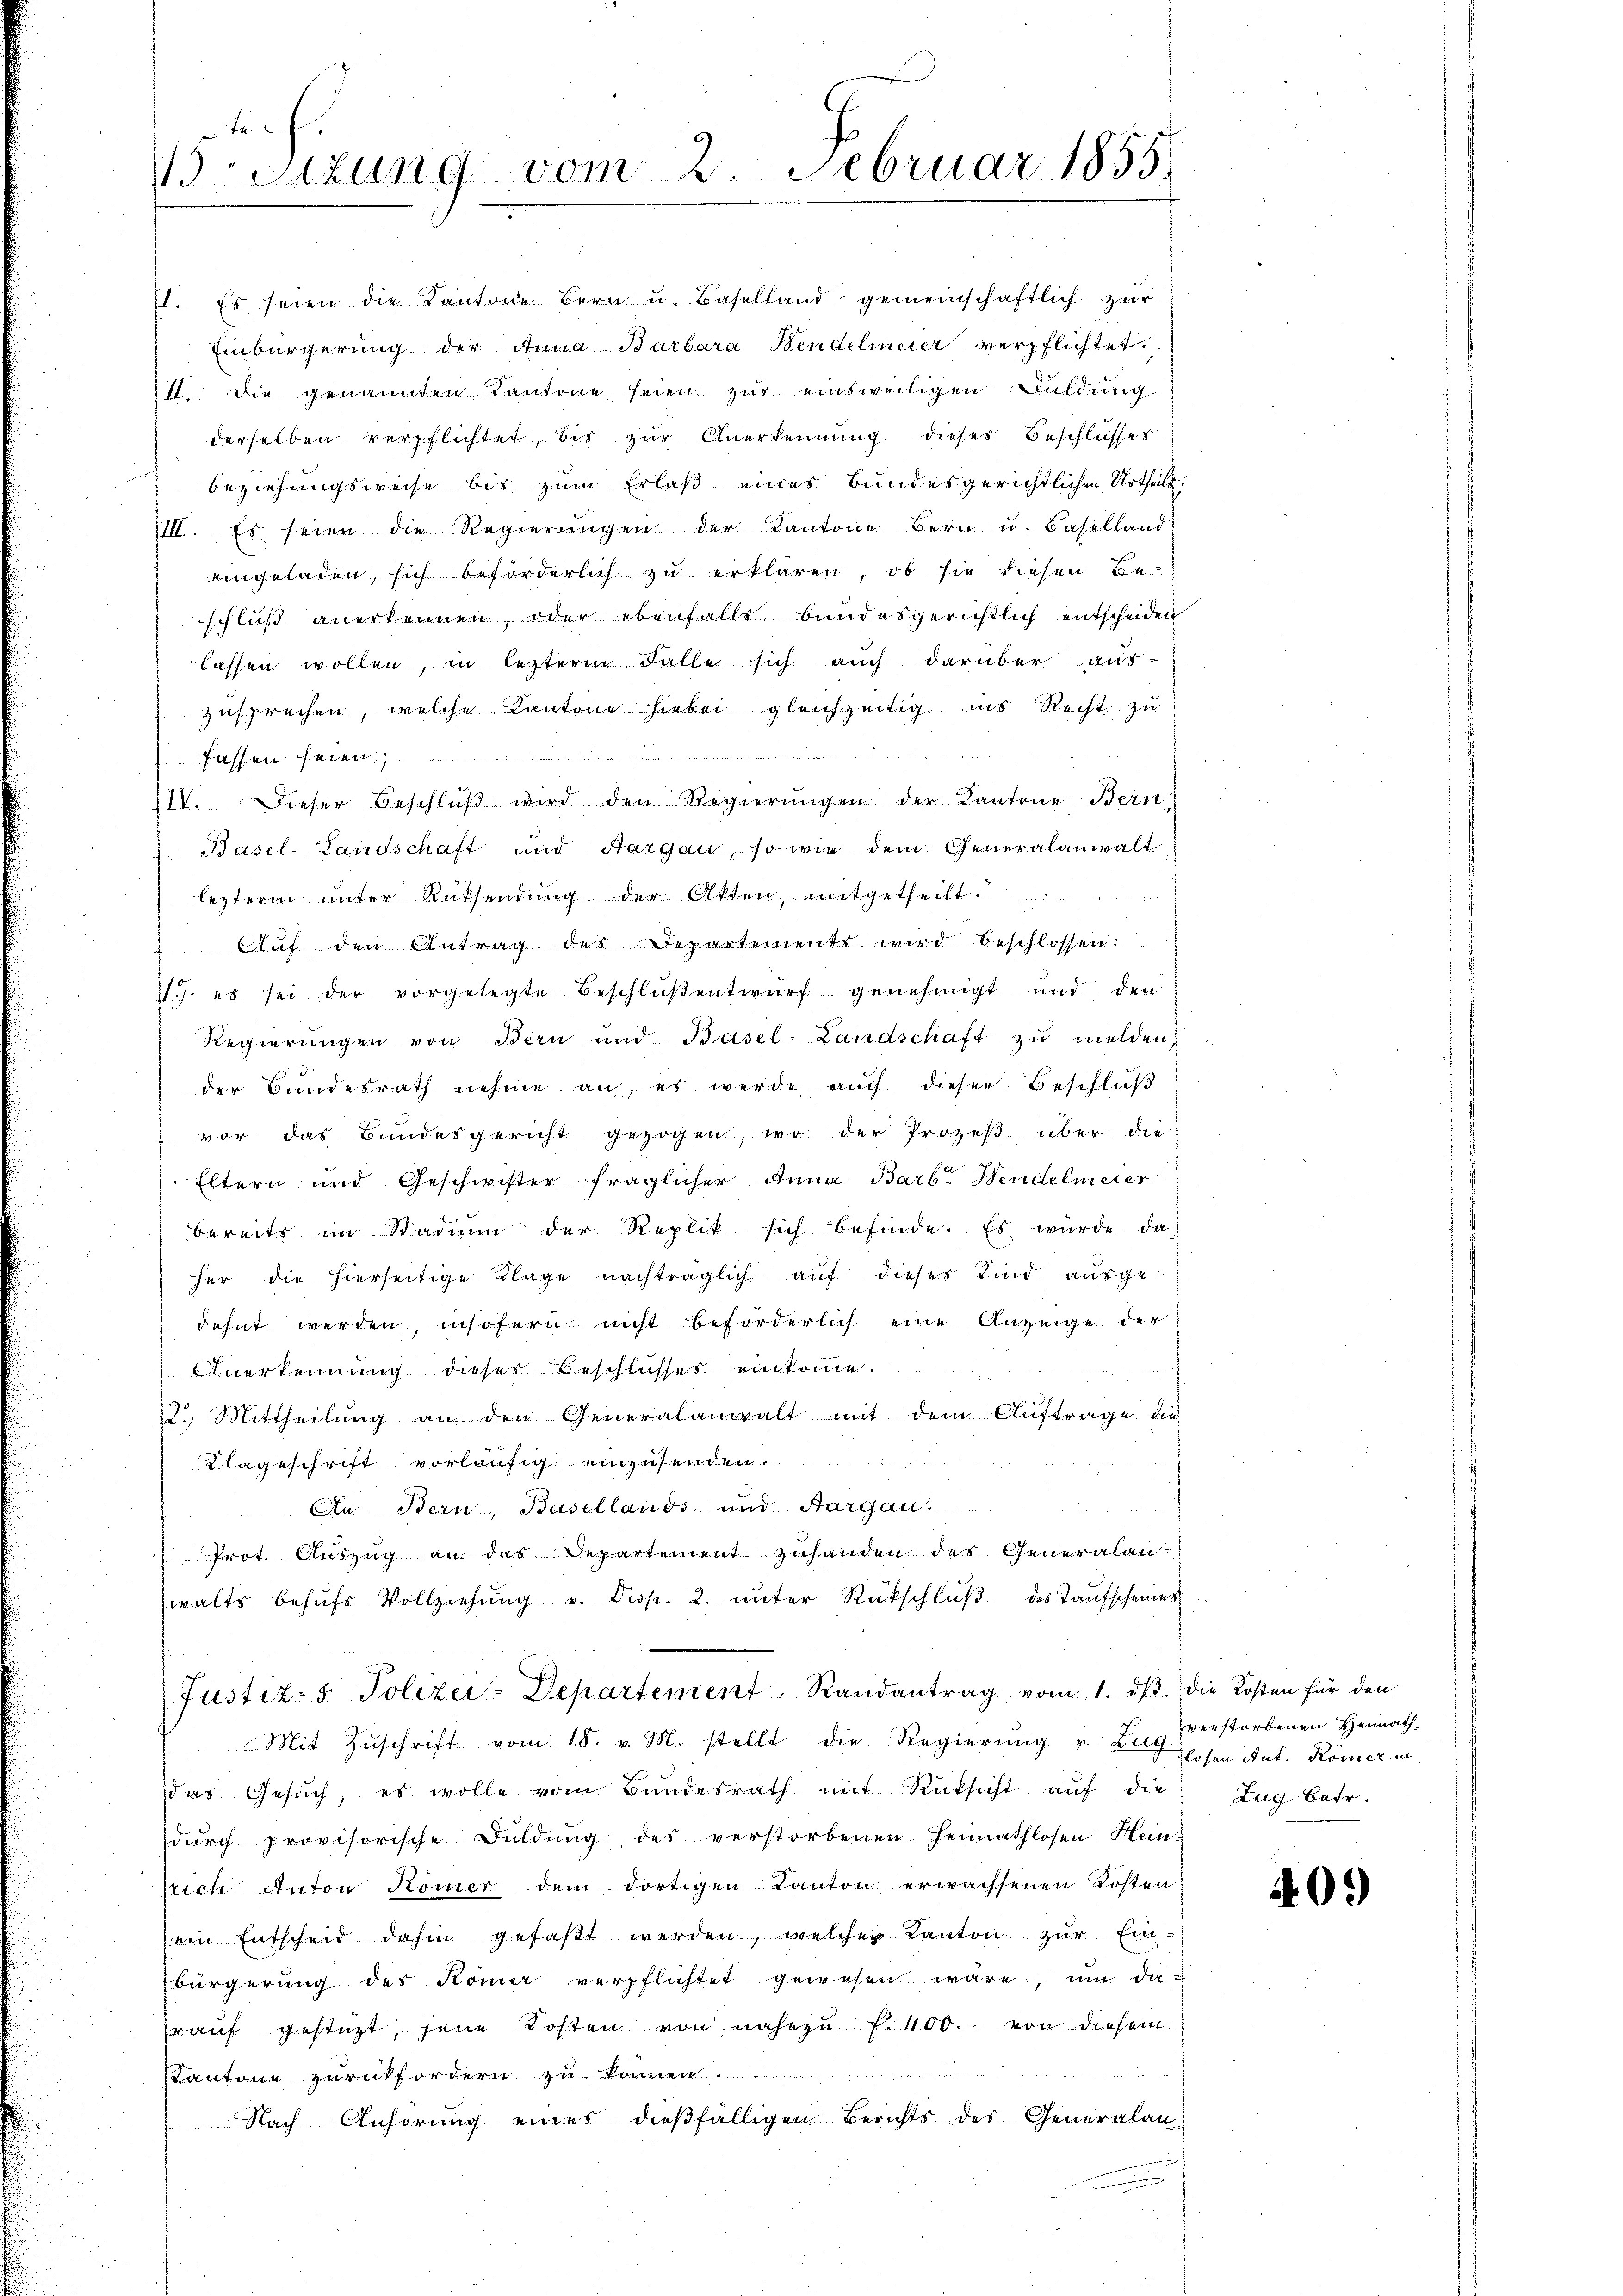
In
Sizung vom 2. Februar 1855.

1. Es seien die Kantone Bern u. Baselland gemeinschaftlich zŭr
Einbürgerung der Anna Barbara Bendelmeier verpflichtet.
I. die genannten Kantone seien zur einsweiligen Duldung
derselben verpflichtet, bis zŭr Anerkennung dieses Beschlusses
Beziehungsweise bis zum Erlaß eines bundesgerichtlichen Urtheils.
III. Es seien die Regierungen der Kantone Bern u. Baselland
eingeladen, sich beförderlich zu erklären, ob sie diesen Be-
schluß anerkennen, oder ebenfalls bundesgerichtlich entscheiden
lassen wollen, in lezterm Falle sich auch darüber aus-
zusprechen, welche Kantone hiebei gleichzeitig ins Recht zu
 58 x x
fassen seien
IV. Dieser Beschlŭβ wird den Regierŭngen der Kantone Bein
2. Basel-Landschaft und Aargau, so wie dem Generalanwalt
leztern ŭnter Rücksendŭng der Atten, mitgetheilt.
Auf den Antrag des Departements wird beschlossen:
11.) es sei der vorgelegte Beschlŭβentwŭrf genehmigt und den
Regierŭngen von Bern und Basel-Landschaft zu melden,
der Bundesrath nehme an, es werde auch dieser Beschluß
vor das Bundesgericht gezogen, wo der Prozeβ über die
Eltern und Geschwister fraglicher Anna Barb. Wendelmeier
bereits im Stadium der Replik sich befinde. Es würde da
her die hierseitige Klage nachträglich auf dieses Kind ausgedehnt werden, insofern nicht beförderlich eine Anzeige der
Anerkennung dieser Beschlusses einkomme.
2. Mittheilŭng an den Generalanwalt mit dem Auftrage die

Klageschrift vorläufig einzusenden.
An Bern, Basellands und Aargau.
Prot. Auszug an das Departement zuhanden des Generalan-
walts behŭfs Vollziehŭng v. Disp. 2. unter Rückschlŭβ des Taufscheines
Justiz- & Polizei-Departement. Randantrag vom 1. dβ. die Kosten für den
Mit Zuschrift vom 18. v. M. stellt die Regierung v. Zug
das Gesŭch, es wolle vom Bŭndesrath mit Rücksicht aŭf die Zug betr.
durch provisorische Duldung des verstorbenen Heimathlosen Heinrich Anton Römer dem dortigen Kanton erwachsenen Kosten
ein Entscheid dahin gefaßt werden, welcher Kanton zur Ein-
bürgerung des Komer verpflichtet gewesen wäre, um darauf gestüzt, jene Kosten von nahezu f. 400. von diesem
Kantone zurückfordern zu können.
Nach Anhörung eines dießfälligen Berichts der Generalan¬

verstorbenen Heimath
losen Aut. Kömer in

40.)